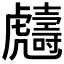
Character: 𧈙